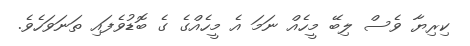
ކިރިޔާ ވެސް ލިބޭ މީހެއް ނަމަ އެ މީހެއްގެ ގެ ބޮޑުވެފައި ތަނަވަހެވެ.